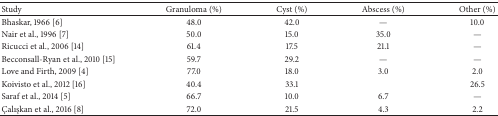
<table><thead><tr><td><b>Study</b></td><td><b>Granuloma (%)</b></td><td><b>Cyst (%)</b></td><td><b>Abscess (%)</b></td><td><b>Other (%)</b></td></tr></thead><tbody><tr><td>Bhaskar, 1966 [6]</td><td>48.0</td><td>42.0</td><td>—</td><td>10.0</td></tr><tr><td>Nair et al., 1996 [7]</td><td>50.0</td><td>15.0</td><td>35.0</td><td>—</td></tr><tr><td>Ricucci et al., 2006 [14]</td><td>61.4</td><td>17.5</td><td>21.1</td><td>—</td></tr><tr><td>Becconsall-Ryan et al., 2010 [15]</td><td>59.7</td><td>29.2</td><td>—</td><td>—</td></tr><tr><td>Love and Firth, 2009 [4]</td><td>77.0</td><td>18.0</td><td>3.0</td><td>2.0</td></tr><tr><td>Koivisto et al., 2012 [16]</td><td>40.4</td><td>33.1</td><td> </td><td>26.5</td></tr><tr><td>Saraf et al., 2014 [5]</td><td>66.7</td><td>10.0</td><td>6.7</td><td>—</td></tr><tr><td>Çalışkan et al., 2016 [8]</td><td>72.0</td><td>21.5</td><td>4.3</td><td>2.2</td></tr></tbody></table>